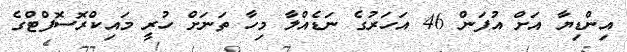
އިންޑިޔާ އަށް އުފަން 46 އަހަރުގެ ނަޑެއްލާ މިހާ ތަނަށް ހުރީ މައިކްރޮސޮފްޓްގެ